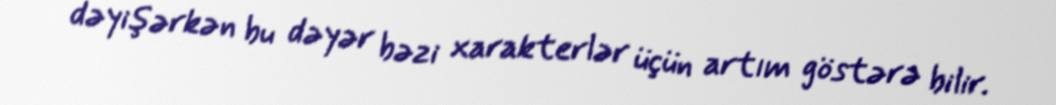
dəyişərkən bu dəyər bəzi xarakterlər üçün artım göstərə bilir.